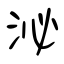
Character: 泌